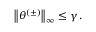
\begin{array} { r } { \left\lVert \theta ^ { ( \pm ) } \right\rVert _ { \infty } \leq \gamma \, . } \end{array}